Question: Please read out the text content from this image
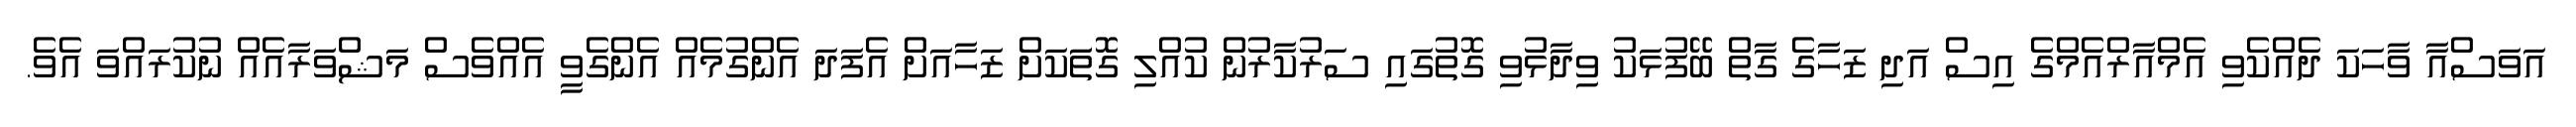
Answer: އަވަސްއާ ވާހަކަ ދެއްކެވި އެމްއާރްއެމްގެ އިސް އަދި ޒަހާގެ ގާތް ބޭފުޅަކު ވިދާޅުވި ގޮތުގައި ސަރުކާރުން ކުއްލި ގޮތަަކަށް ޒަހާއަށް އެފަދަ އެންގުމެއް އެންގެވީ އެއްވެސް މަޝްވަރާއެއް ނުކުރައްވަ އެވެ.